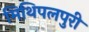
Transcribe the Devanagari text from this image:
मिथिपलपुरी